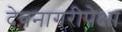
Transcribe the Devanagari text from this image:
देवनागरीपेक्षा